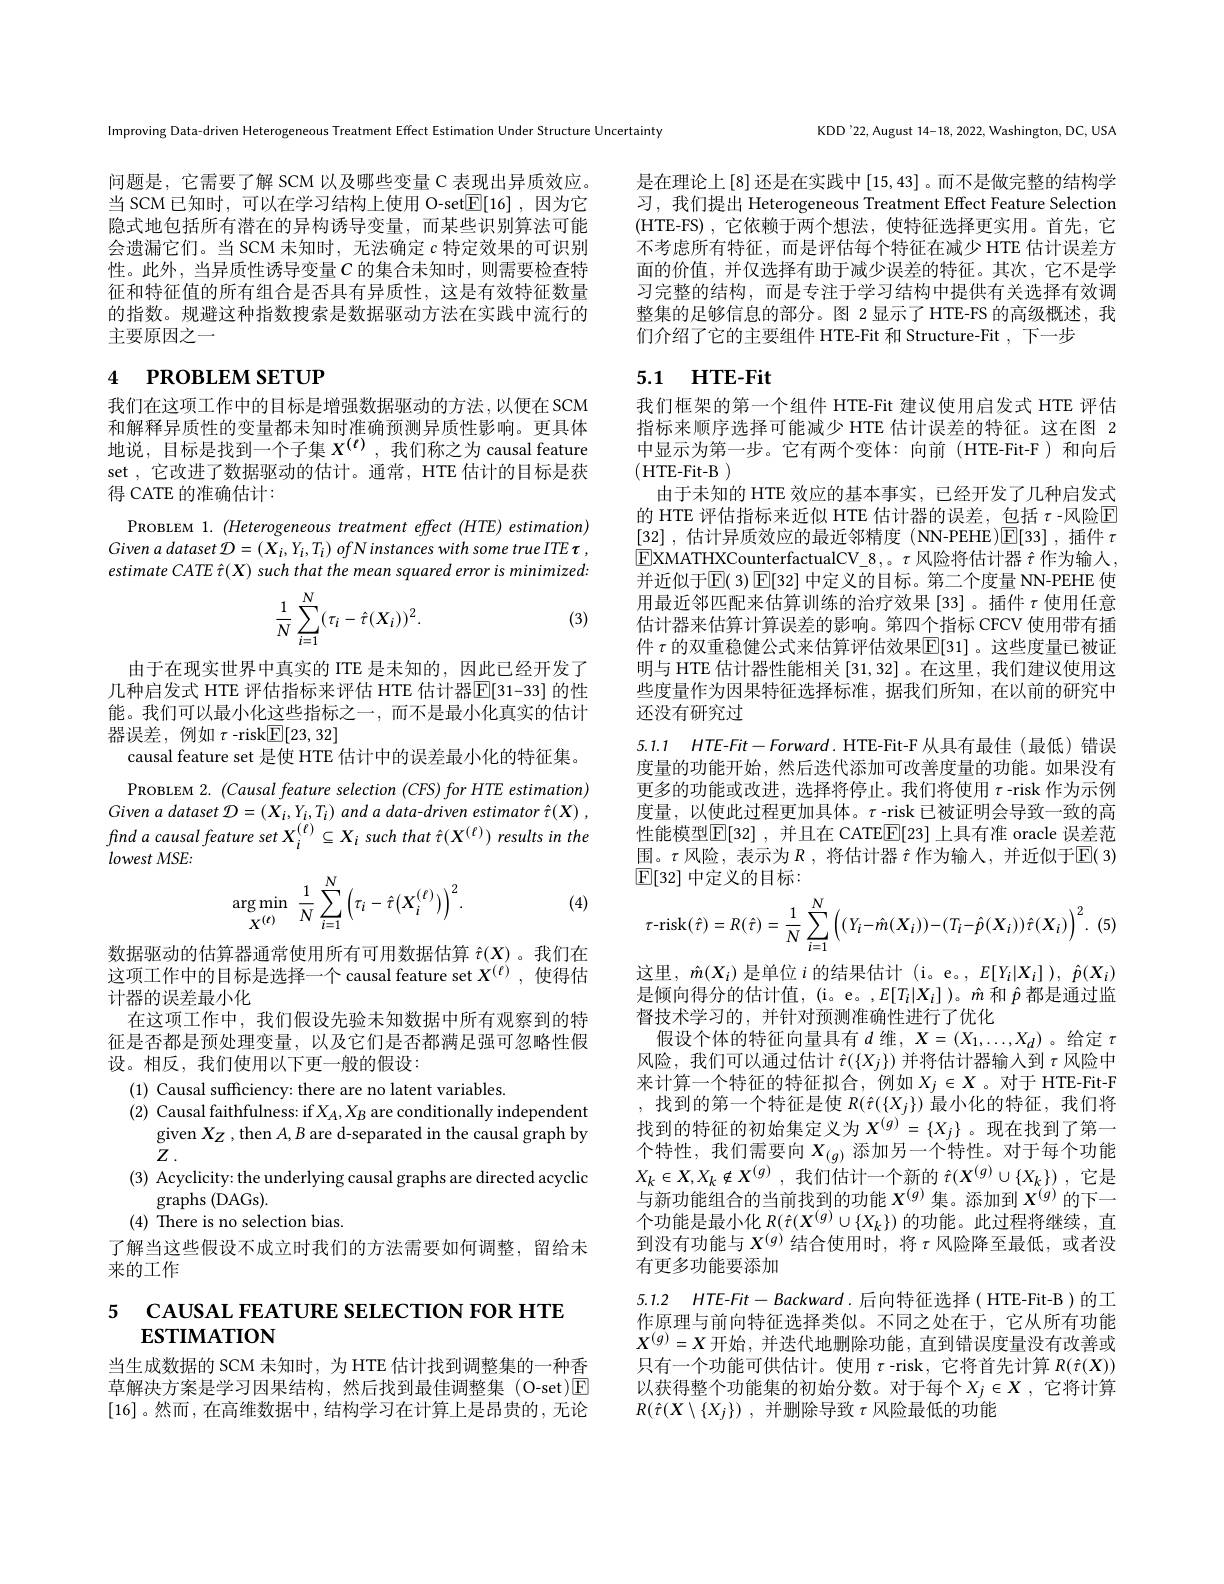
Improving Data-driven Heterogeneous Treatment Effect Estimation Under Structure Uncertainty

问题是，它需要了解 SCM 以及哪些变量 C 表现出异质效应。当 SCM 已知时，可以在学习结构上使用 O-set$\boxed{\mathrm{F}}[16]$ ,因为它隐式地包括所有潜在的异构诱导变量，而某些识别算法可能会遗漏它们。当 SCM 未知时，无法确定$c$特定效果的可识别性。此外，当异质性诱导变量$C$ 的集合未知时，则需要检查特征和特征值的所有组合是否具有异质性，这是有效特征数量的指数。规避这种指数搜索是数据驱动方法在实践中流行的主要原因之一

# 4 РROВLEM SETUP

我们在这项工作中的目标是增强数据驱动的方法，以便在 SCM 和解释异质性的变量都未知时准确预测异质性影响。更具体地说，目标是找到一个子集$X^{(t)}$,我们称之为 causal feature set ,它改进了数据驱动的估计。通常，HTE 估计的目标是获得 CATE 的准确估计：
PROBLEM 1. (Heterogeneous treatment effect (HTE) estimation) Given $a$ dataset ${\mathcal{D} }= ( X_{i}, Y_{i}, T_{i})$ ofNinstances with some true $ITE$ $\tau$ , estimate CATE $\hat{\tau}(X)$ such that the mean squared error is minimized:
$$\begin{aligned}\frac{1}{N}\sum_{i=1}^{N}(\tau_i-\hat{\tau}(X_i))^2.\end{aligned}$$
(3)

由于在现实世界中真实的 ITE 是未知的，因此已经开发了几种启发式 HTE 评估指标来评估 HTE 估计器[E[31-33] 的性能。我们可以最小化这些指标之一，而不是最小化真实的估计器误差，例如$\tau$ -risk$\boxed{\mathrm{F}}[23,32]$
causal feature set 是使 HTE 估计中的误差最小化的特征集。PROBLEM 2. $(Causal$ feature selection $( CFS) forHTE\textit{ estimation})$
Given a dataset $\mathcal{D}=(X_i,Y_i,T_i)$ and a data-driven estimator $\hat{\tau } ( X)$ , find a causal feature set $X_i^{(\ell)}\subseteq X_i$ such that $\hat{\tau}(X^{(\ell)})$ results in the $lowestMSE:$
$$\underset{X^{(\ell)}}{\arg\min}\:\frac{1}{N}\sum_{i=1}^{N}\left(\tau_{i}-\hat{\tau}(X_{i}^{(\ell)})\right)^{2}.$$
(4)

数据驱动的估算器通常使用所有可用数据估算$\hat{\tau}(X)$ 。我们在这项工作中的目标是选择一个 causal feature set $X^{(\ell)}$,使得估计器的误差最小化
在这项工作中，我们假设先验未知数据中所有观察到的特征是否都是预处理变量，以及它们是否都满足强可忽略性假设。相反，我们使用以下更一般的假设：

(1) Causal sufficiency: there are no latent variables.
(2) Causal faithfulness: if $X_A,X_B$ are conditionally independent
given $X_{Z}$ , then $A,B$ are d-separated in the causal graph by
$Z.$
(3) Acyclicity: the underlying causal graphs are directed acyclic
graphs (DAGs).
(4) There is no selection bias.
了解当这些假设不成立时我们的方法需要如何调整，留给未
来的工作

# 5 CAUSAL FEATURE SELECTION FOR HTE $ESTIMATION$

当生成数据的 SCM 未知时，为 HTE 估计找到调整集的一种香草解决方案是学习因果结构，然后找到最佳调整集 (O-set)$\boxed{\mathrm{F}}$ [16]。然而，在高维数据中，结构学习在计算上是昂贵的，无论

KDD'22, August 14-18, 2022, Washington, DC, USA

是在理论上[8] 还是在实践中[15,43] 。而不是做完整的结构学习，我们提出 Heterogeneous Treatment Effect Feature Selection (HTE-FS),它依赖于两个想法，使特征选择更实用。首先，它不考虑所有特征，而是评估每个特征在减少 HTE 估计误差方面的价值，并仅选择有助于减少误差的特征。其次，它不是学习完整的结构，而是专注于学习结构中提供有关选择有效调整集的足够信息的部分。图 2显示了HTE-FS 的高级概述，我们介绍了它的主要组件 HTE-Fit 和 Structure-Fit ,下一步

# 5.1 HTE-Fit

我们框架的第一个组件 HTE-Fit 建议使用启发式 HTE 评估指标来顺序选择可能减少 HTE 估计误差的特征。这在图 2中显示为第一步。它有两个变体：向前(HTE-Fit-F)和向后(HTE-Fit-B)
由于未知的 HTE 效应的基本事实，已经开发了几种启发式的 HTE 评估指标来近似 HTE 估计器的误差，包括 $\tau$-风险$\overline{\mathrm{E}}$ [32] ,估计异质效应的最近邻精度(NN-PEHE)$\mathbb{E} [ 33]$ ,插件$\tau$ $\boxed{\mathrm{E}}$XMATHXCounterfactualCV\_8,。$\tau$风险将估计器$\hat{\tau}$作为输人， 并近似于$\mathbb{E}(3)$ $\mathbb{E}[32]$ 中定义的目标。第二个度量 NN-PEHE 使用最近邻匹配来估算训练的治疗效果[33]。插件$\tau$使用任意估计器来估算计算误差的影响。第四个指标 CFCV 使用带有插件 $\tau$ 的双重稳健公式来估算评估效果$\overline{\mathbb{E}}[31]$ 。这些度量已被证明与 HTE 估计器性能相关[31,32] 。在这里 , 我们建议使用这些度量作为因果特征选择标准，据我们所知，在以前的研究中还没有研究过

5.1.1 $HTE- Fit- Forward.$HTE- Fit- F从具有最佳(最低)错误度量的功能开始，然后迭代添加可改善度量的功能。如果没有更多的功能或改进，选择将停止。我们将使用$\tau$-risk 作为示例度量，以使此过程更加具体。$\tau$-risk 已被证明会导致一致的高性能模型$\operatorname{E}[32]$, 并且在 CATE$\operatorname{E}[23]$ 上具有准 oracle 误差范围。$\tau$风险，表示为$R$,将估计器$\hat{\tau}$作为输入，并近似于$\mathbb{E}(3)$ $\mathbb{E}[32]$中定义的目标：
$$\tau\text{-risk}(\hat{\tau})=R(\hat{\tau})=\frac{1}{N}\sum_{i=1}^{N}\left((Y_{i}-\hat{m}(X_{i}))-(T_{i}-\hat{p}(X_{i}))\hat{\tau}(X_{i})\right)^{2}.\:($$
这里，$\hat{m}(X_i)$是单位$i$的结果估计(i。e。, $E[Y_i|X_i]),\hat{p}(X_i)$ 是倾向得分的估计值，(i。e。,E[T_i|X_i])。$\hat{m}和\hat{p}都是通过监$ 督技术学习的，并针对预测准确性进行了优化
假设个体的特征向量具有$d$维$,X=(X_1,\ldots,X_d)$ 。给定$\tau$ 风险，我们可以通过估计$\hat{\tau}(\{X_j\})$并将估计器输入到$\tau$风险中来计算一个特征的特征拟合，例如$X_j\in X$ 。对于 HTE-Fit-F ,找到的第一个特征是使$R(\hat{\tau}(\{X_j\})$最小化的特征，我们将找到的特征的初始集定义为$X^{(g)}=\{X_j\}$。现在找到了第一个特性，我们需要向$X_(g)$ 添加另一个特性。对于每个功能$X_k\in X, X_k\notin X^{( g) }$ ,我们估计一个新的 $\hat{\tau } ( X^( g) \cup \{ X_k\} )$ ,它是与新功能组合的当前找到的功能$X^{(g)}$集。添加到$X^{(g)}$的下一个功能是最小化$R(\hat{\tau}(X^{(g)}\cup\{X_k\})$的功能。此过程将继续，直到没有功能与$X^{(g)}$结合使用时，将$\tau$风险降至最低，或者没有更多功能要添加
5.1.2 $HTE- Fit- Backward.$后向特征选择( HTE-Fit-B)的工作原理与前向特征选择类似。不同之处在于，它从所有功能$X^{(g)}=X$开始，并迭代地删除功能，直到错误度量没有改善或只有一个功能可供估计。使用$\tau$ -risk, 它将首先计算$R(\hat{\tau}(X))$ 以获得整个功能集的初始分数。对于每个$X_j\in X$,它将计算

$R( \hat{\tau } ( X\setminus \{ X_j\} )$ ,并删除导致$\tau$风险最低的功能